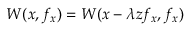
W ( x , f _ { x } ) = W ( x - \lambda z f _ { x } , f _ { x } )